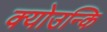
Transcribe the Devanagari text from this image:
क्योउन्कि